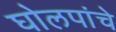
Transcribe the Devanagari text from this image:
घोलपांचे